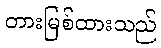
တားမြစ်ထားသည်